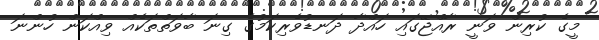
މީގެ ކުރިން ވަނީ ރާއްޖޭގައި ހައްދާ ދަނޑުވެރިކަމުގެ ގިނަ ބާވަތްތަކެއް ވިއްކަން ހުންނަ